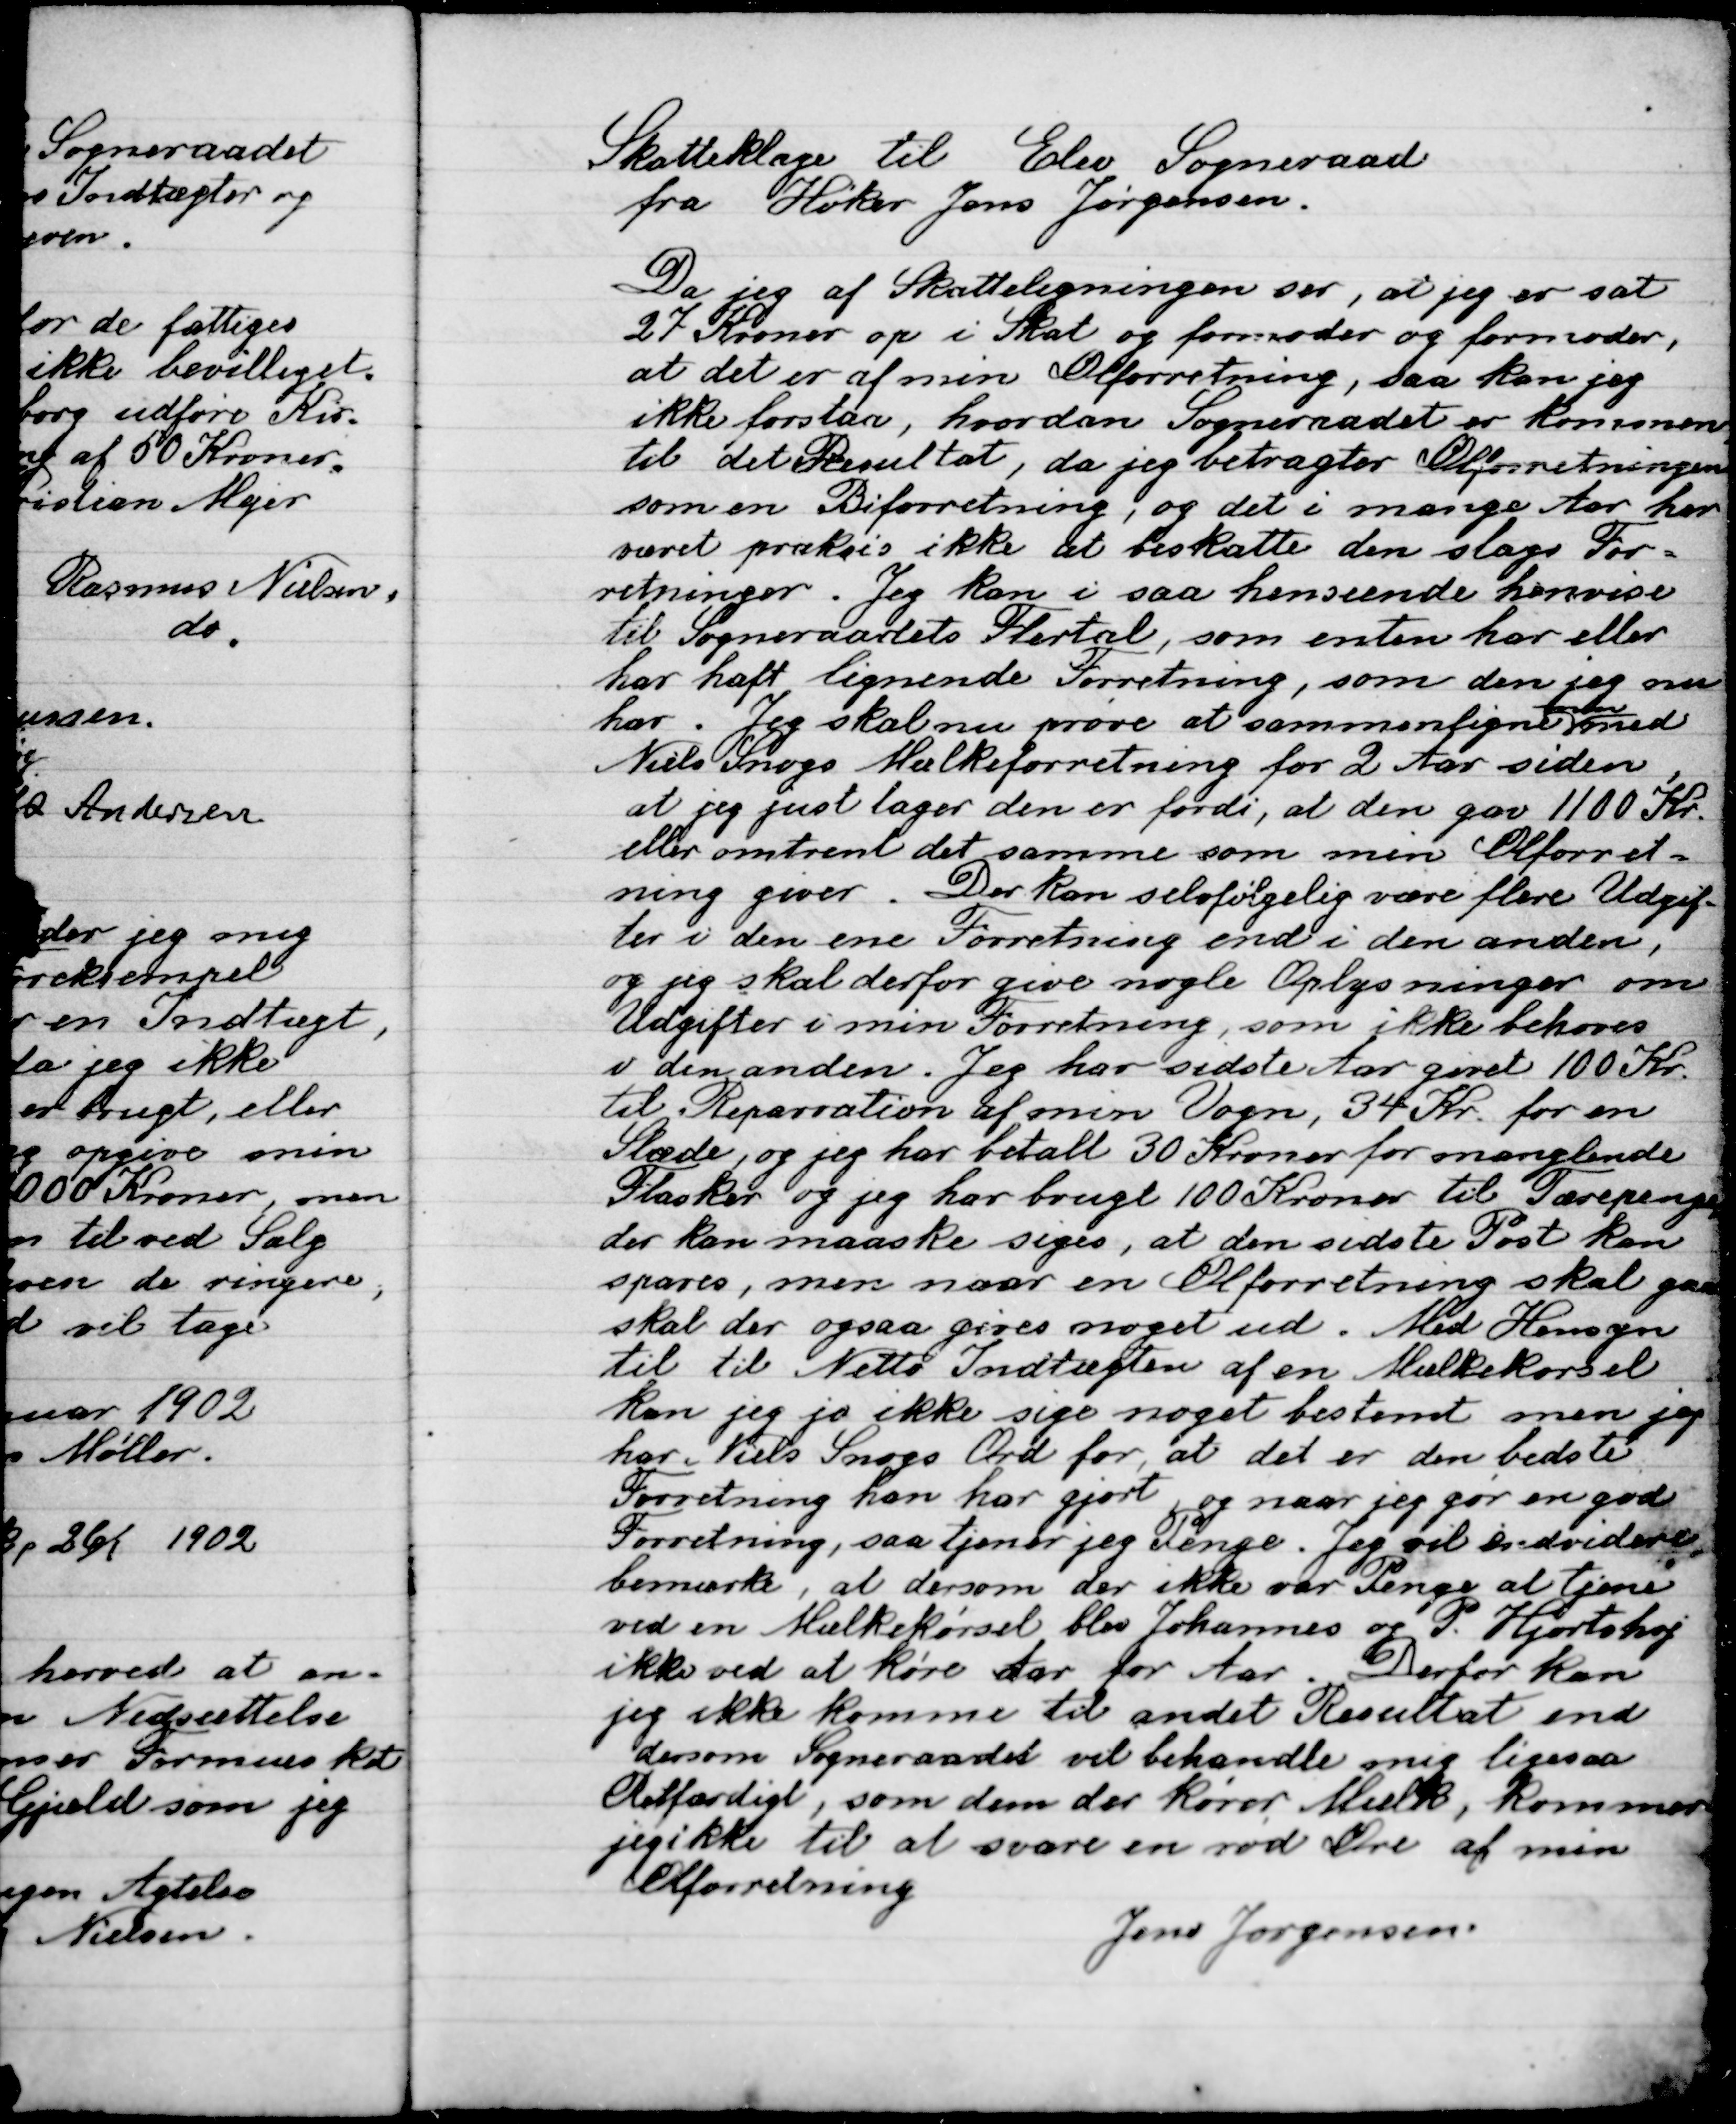
Transskription:
Skatteklage til Elev Sogneraad
Fra Holger Jens Jørgensen
Da jeg af Skatteelregning ser, at jeg er sat
27 Kroner op i skat og formoder og formoder,
at det er af min Ølforretning, saa kan jeg
Ikke forstaa, hvordan Sogneraadet er kommen
til det Resultat, da jeg betragter Ølforretningen
Som en Biforretning, og det i mange Aar her
været praktisk ikke at beskatte den slags For-
retninger. Jeg kan i saa henseende henvise
til Sogneraadets Flertal, som enten har eller
har haft lignende Forretning, som den jeg nu
har. Jeg skal nu prøve at sammenligne

med
Niels Snogs Mælkeforretning for 2 Aar siden
At jeg just tager den er fordi, at den gav 1100 Kr.
Eller omtrent det samme som min Elforret-
ning giver. Der kan selvfølgelig være flere Udgif-
ter i den ene Forretning end i den anden,
og jeg skal derfor give nogle Oplysninger om
Udgifter i min Forretning, som ikke behøves
I I den anden. Jeg har sidste Aar givet 100 Kr.
Til Reparation af min Vogn, 34 Kr. for en
Slæde og jeg har betalt 30 Kroner for manglende
Flasker og jeg har brugt 100 Kroner til Tærepenge
der kan maaske siges, at den sidste Post kan
spares, men naar en Elforretning skal gaa
Skal der ogsaa gives noget ud. Med Hensyn
til tab Netto Indtægten af en Mælkekørsel
kan jeg jo ikke sige noget bestemt men jeg
har Niels Snogs Ord fodr at det er den bedste
Forretning han har gjort og naar jeg gør en god
Forretning saa tjener jeg Penge. Jeg vil endvidere
bemærke, at dersom de ikke var Penge at tjene
ved en Mælkekørsel blev Johannes og P. Hjortshøj
Ikke ved at køre Aar for Aar. Derfor kan
Jeg ikke komme til andet Resultat end
dersom Sogneraadet vil behandle mig ligesaa
Retfærdigt, som dem der kører Mælk, kommer
Jeg ikke til at svare en rød Øre af min
Ølforretning.
Jens Jørgensen